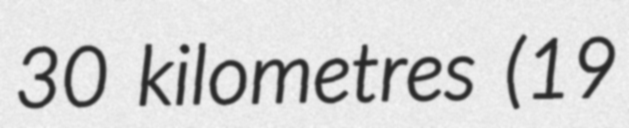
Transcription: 30 kilometres (19